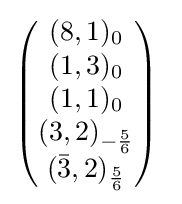
{\begin{pmatrix}(8,1)_{0}\\(1,3)_{0}\\(1,1)_{0}\\(3,2)_{-{\frac {5}{6}}}\\({\bar {3}},2)_{\frac {5}{6}}\end{pmatrix}}~